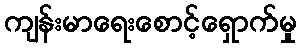
ကျန်းမာရေးစောင့်ရှောက်မှု